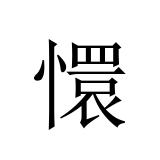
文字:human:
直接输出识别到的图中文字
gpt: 懁